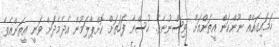
ހަމައިގައެއް ނޫންކަން އީތަންއަށް ވިސްނުނެވެ. ހުސްނާ ފަހަތަށް ކޮށްޕާލަމުން އެދެމެދަށް ވަނީ އީތަންއެވެ.